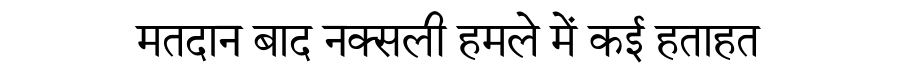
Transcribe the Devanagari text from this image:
मतदान बाद नक्सली हमले में कई हताहत